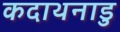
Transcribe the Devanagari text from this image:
कदाथनाडु